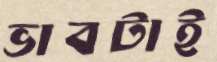
ভাবটাই